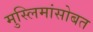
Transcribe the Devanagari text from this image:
मुस्लिमांसोबत